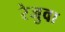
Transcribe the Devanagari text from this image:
रेजुवा